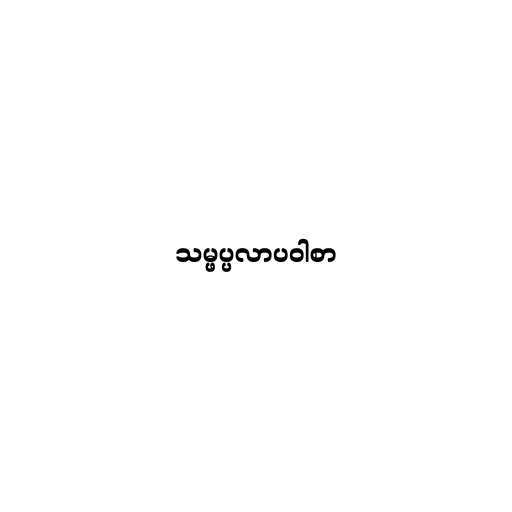
သမ္ဖပ္ပလာပဝါစာ